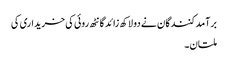
برآمدکنندگان نے دو لاکھ زائد گانٹھ روئی کی خریداری کی
ملتان۔